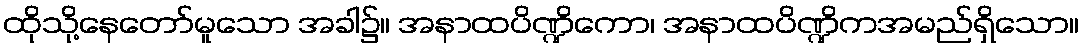
ထိုသို့နေတော်မူသော အခါ၌။ အနာထပိဏ္ဍိကော၊ အနာထပိဏ္ဍိကအမည်ရှိသော။